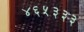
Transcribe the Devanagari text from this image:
४६५३३३